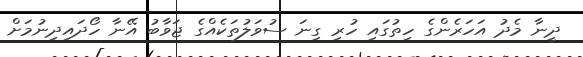
ދީނާ މެދު އަހަރެންގެ ހިތުގައި ހުރި ގިނަ ސުވަލުތަކެއްގެ ޖަވާބު އޭނާ ހޯދައިދިނުމަށް